Vaccine operations Central Provinces 1868-1885 - 1868-1885
Year: 1868
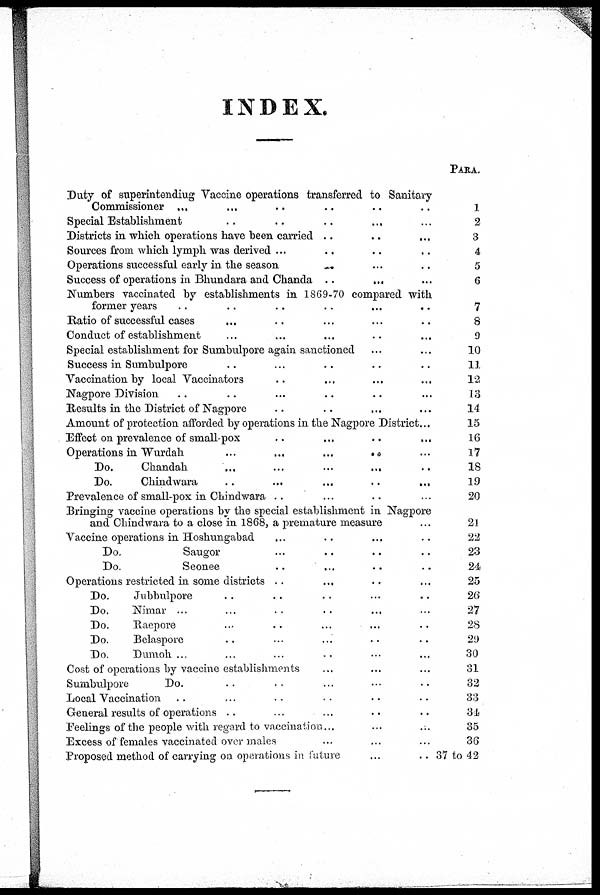
INDEX.
Duty of superintending Vaccine operations transferred to Sanitary
Commissioner... ... ...
Special Establishment ... ...
Districts in which operations have been carried ... ... ...
Sources from which lymph was derived ... ... ...
Operations successful early in the season ... ... ...
Success of operations in Bhundara and Chanda ... ... ...
Numbers vaccinated by establishments in 1869-70 compared with
former years ... ... ...
Ratio of successful cases ... ... ...
Conduct of establishment ... ...
Special establishment for Sumbulpore again sanctioned ... ...
Success in Sumbulpore ... ...
Vaccination by local Vaccinators ... ... ...
Nagpore Division ... ... ...
Results in the District of Nagpore ... ... ...
Amount of protection afforded by operations in the Nagpore District...
Effect on prevalence of small-pox .. .. ..
Operations in Wurdah
...
...
...
Do.
Chandah ... ... ...
Do.
Chindwara
...
...
...
Prevalence of small-pox in Chindwara .. ... ... ...
Bringing vaccine operations by the special establishment in Nagpore
and Chindwara to a close in 1868, a premature measure... ... ...
Vaccine operations in Hoshungabad ... ... ...
Do.
Saugor ... ... ...
Do.
Seonee ... ... ...
Operations restricted in some districts .. ... ...
Do.
Jubbulpore ... ...
Do.
Nimar ... ... ...
Do.
Raepore ... ... ...
Do.
Belaspore ... ... ...
Do.
Dumoh ... ... ...
Cost of operations by vaccine establishments
Sumbulpore
Do. ... ...
Local Vaccination ... ... ...
General results of operations ... ... ...
Feelings of the people with regard to vaccination...
Excess of females vaccinated over males ... ... ...
Proposed method of carrying on operations in future... ... ...
PARA.
1
2
3
4
5
6
7
8
9
10
11
12
13
14
15
16
17
18
19
20
21
22
23
24
25
26
27
28
29
30
31
32
33
34
35
36
37 to 42